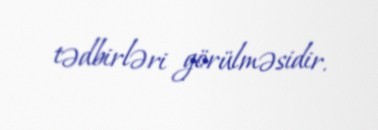
tədbirləri görülməsidir.